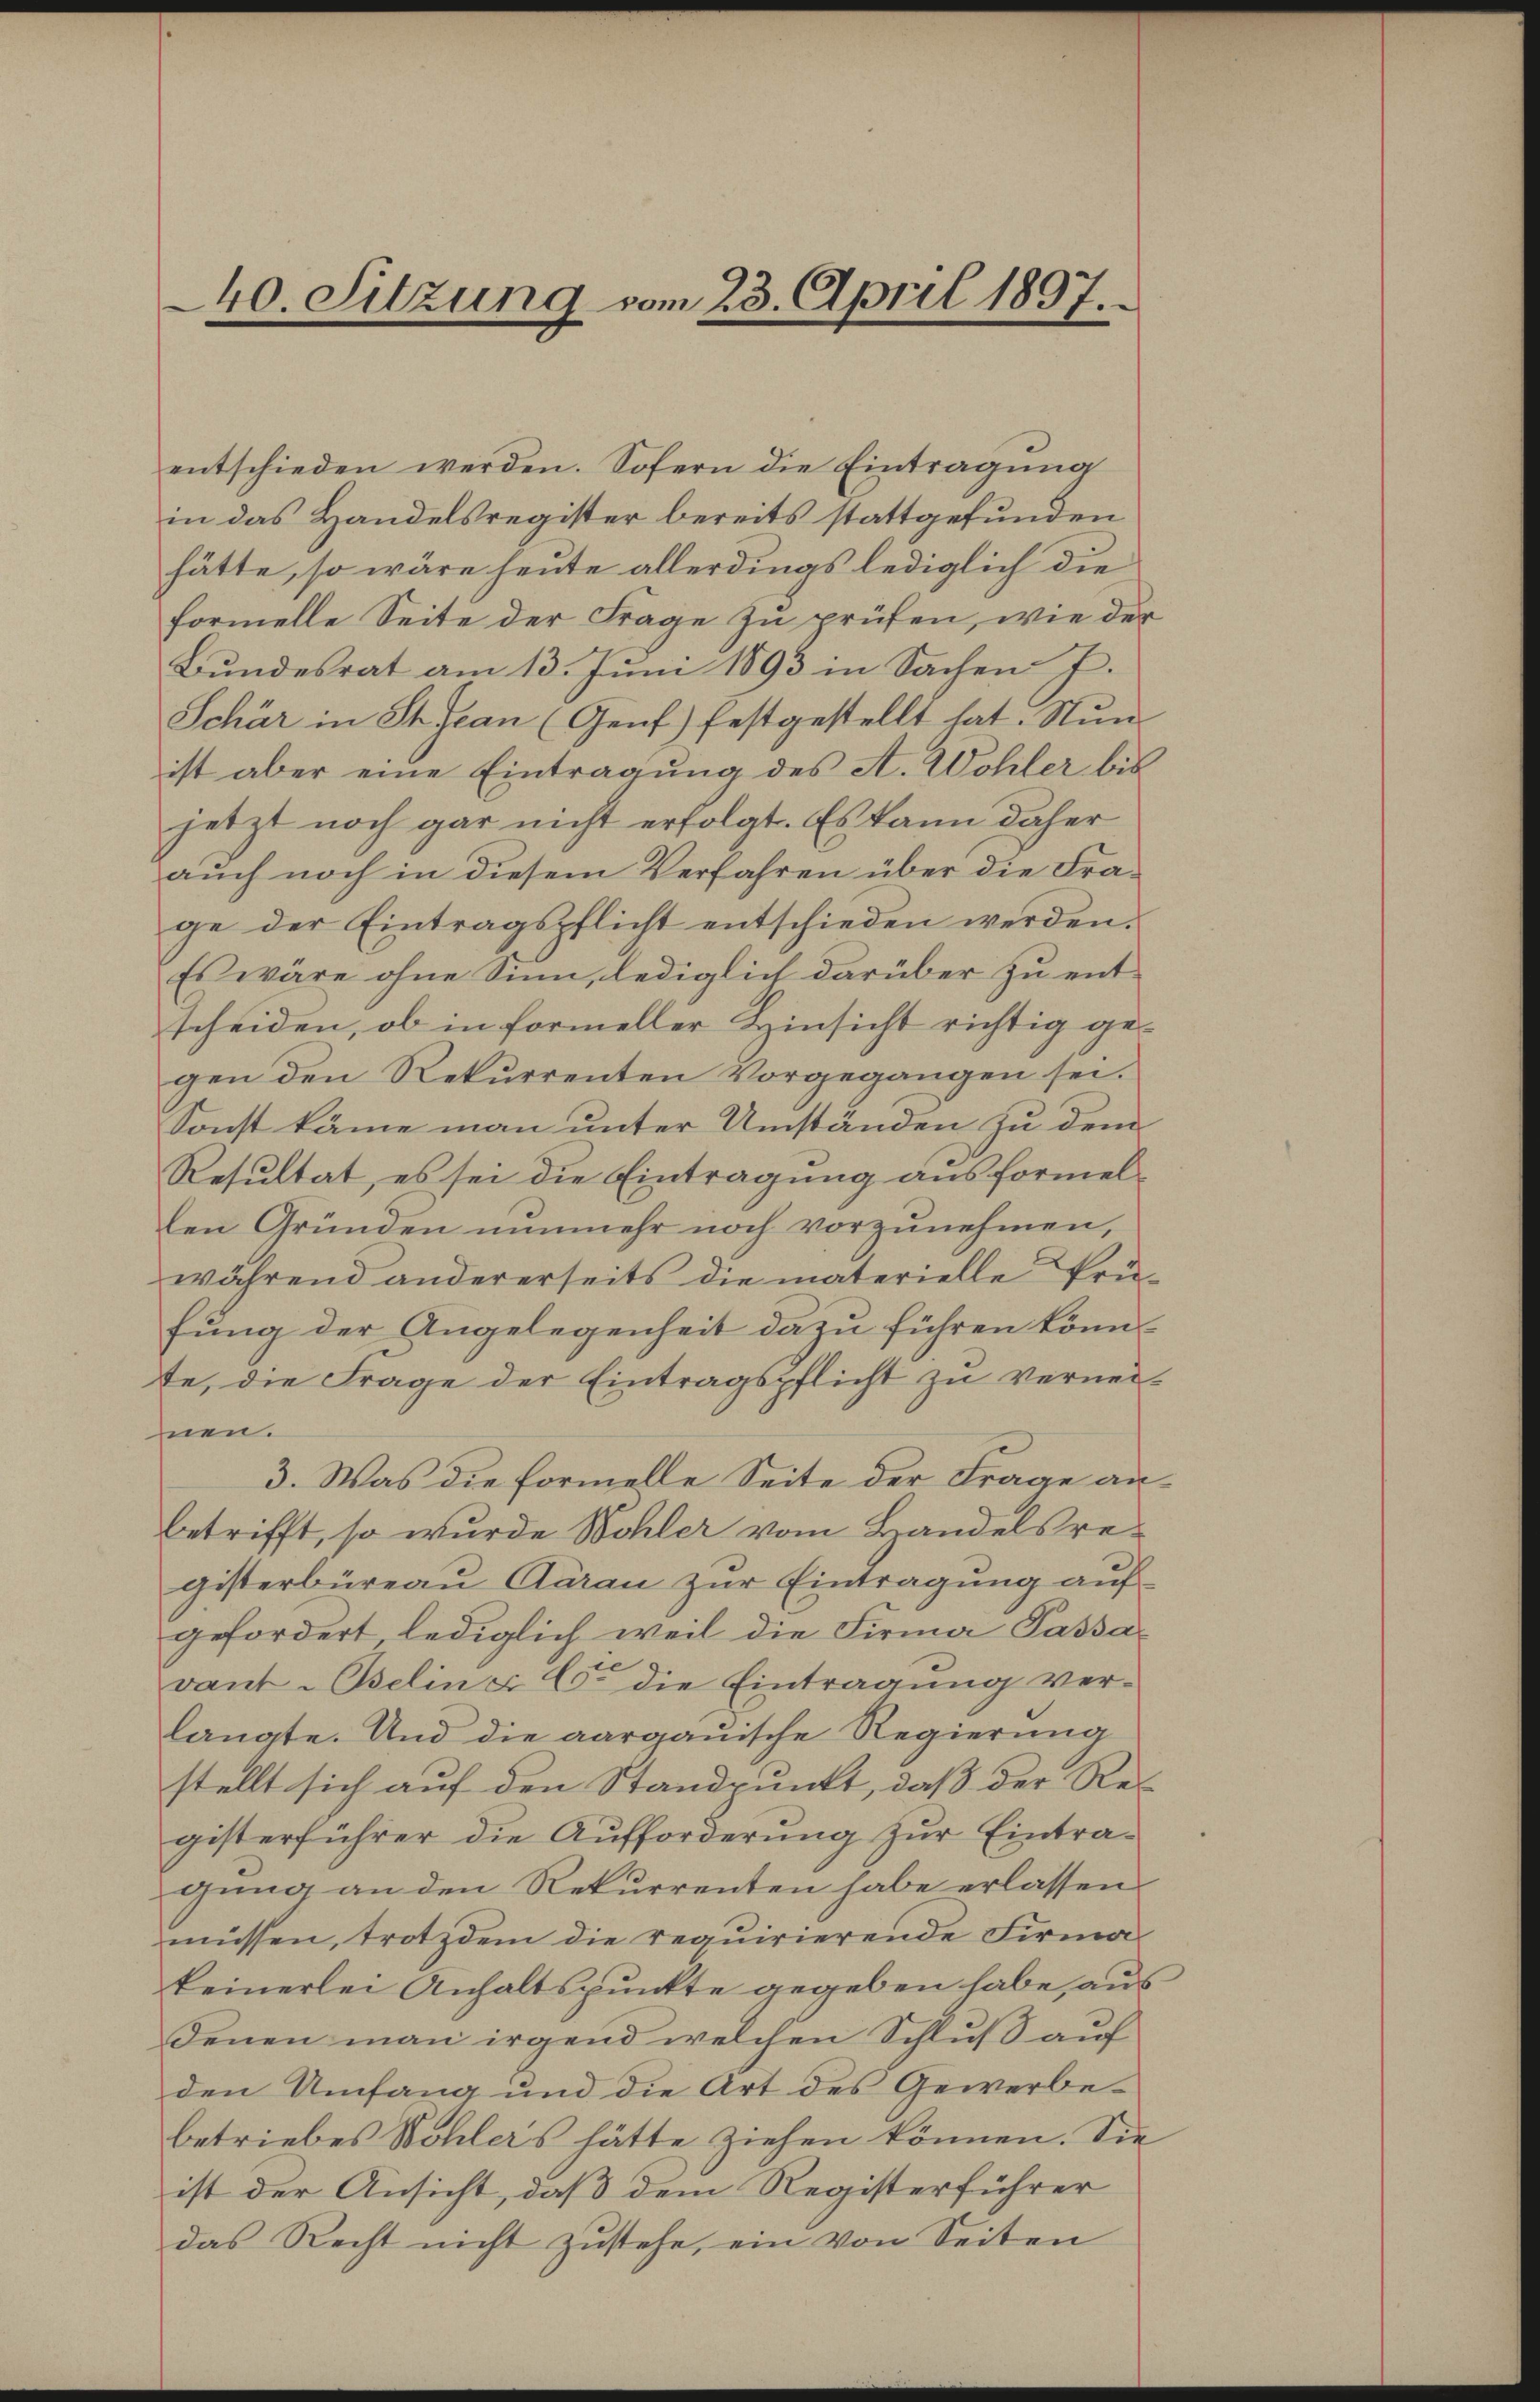
40. Sitzung vom 23. April 1897.

entschieden werden. Sofern die Eintragung
in das Handelsregister bereits stattgefunden
hätte, so wäre heute allerdings lediglich die
formelle Seite der Frage zu prüfen, wie der
Bundesrat am 13. Juni 1893 in Sachen J.
Schär in St. Jean (Genf) festgestellt hat. Nun
ist aber eine Eintragung des A. Wohler bis
jetzt noch gar nicht erfolgt. Es kann daher
auch noch in diesem Verfahren über die Frage der Eintragspflicht entschieden werden.
Es wäre ohne Sinn, lediglich darüber zu entscheiden, ob in formeller Hinsicht richtig gegen den Rekurrenten Vorgegangen sei.
Sonst käme man unter Umständen zu dem
Resultat, es sei die Eintragung ausformellen Gründen nunmehr noch vorzunehmen,
während andererseits die materielle Prü-
fung der Angelegenheit dazu führen könnte, die Frage der Eintragspflicht zu vernei-
nen.
3. Was die Formelle Seite der Frage anbetrifft, so wurde Wohler vom Handelsregisterbüreau Aarau zur Eintragung auf
gefordert, lediglich weil die Firma Passavant-Bselins (5. die Eintragung verlangte. Und die aargauische Regierung
stellt sich auf den Standpunkt, daß der Re-
gisterführer die Aufforderung zur Eintragung an den Rekurrenten habe erlassen.
müssen, trotzdem die requirierende Firmakeinerlei Anhaltspunkte gegeben habe, aus
denen man irgend welchen Schluß auf
den Umfang und die Art des Gewerbebetriebes Wohlers hätte ziehen können. Sie
ist der Ansicht, daß dem Registerführer
das Recht nicht zustehe, ein von Seiten